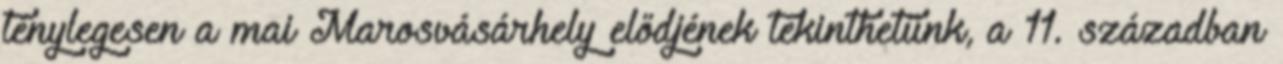
ténylegesen a mai Marosvásárhely elődjének tekinthetünk, a 11. században